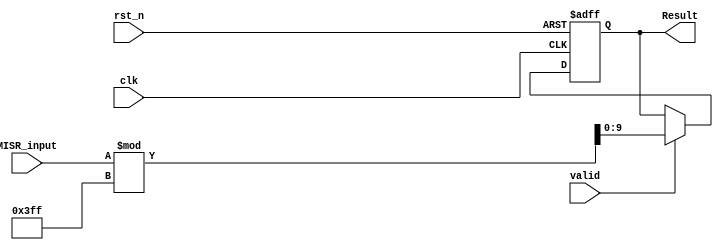
module MISR (
    input clk,
    input rst_n,
    input valid,
    input [16:0] MISR_input,
    
    output [9:0] Result
    
);

reg [9:0] result;



/******************************************************

MISR.v
Input : 17 bit
Signature : 10 bit
Divisor : 1023

******************************************************/

always @(posedge clk or negedge rst_n) begin

    // reset the registers
    if( !rst_n ) begin
        result <= 10'b0;

    end

    else begin
        
        if( valid ) begin

            result <= MISR_input % {7'b0,10'b1111111111};
        end

    end
    
end

assign Result = result;

endmodule